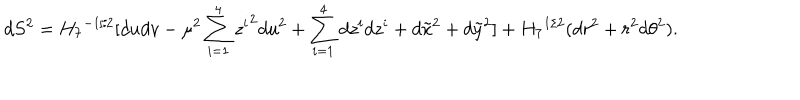
LaTeX: d S ^ { 2 } = { H _ { 7 } } ^ { - 1 / 2 } [ d u d v - \mu ^ { 2 } \sum _ { i = 1 } ^ { 4 } { z ^ { i } } ^ { 2 } d u ^ { 2 } + \sum _ { i = 1 } ^ { 4 } d z ^ { i } d z ^ { i } + d \tilde { x } ^ { 2 } + d \tilde { y } ^ { 2 } ] + { H _ { 7 } } ^ { 1 / 2 } ( d r ^ { 2 } + r ^ { 2 } d { \theta } ^ { 2 } ) .